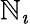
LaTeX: \mathbb{N}_{\imath}